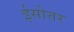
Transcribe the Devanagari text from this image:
ईसोत्तर